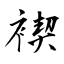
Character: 褉